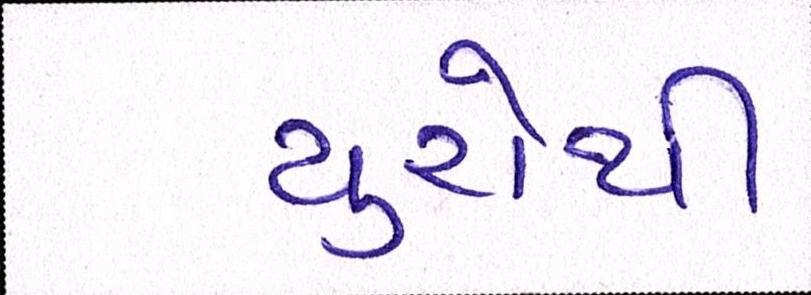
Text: યુરોથી